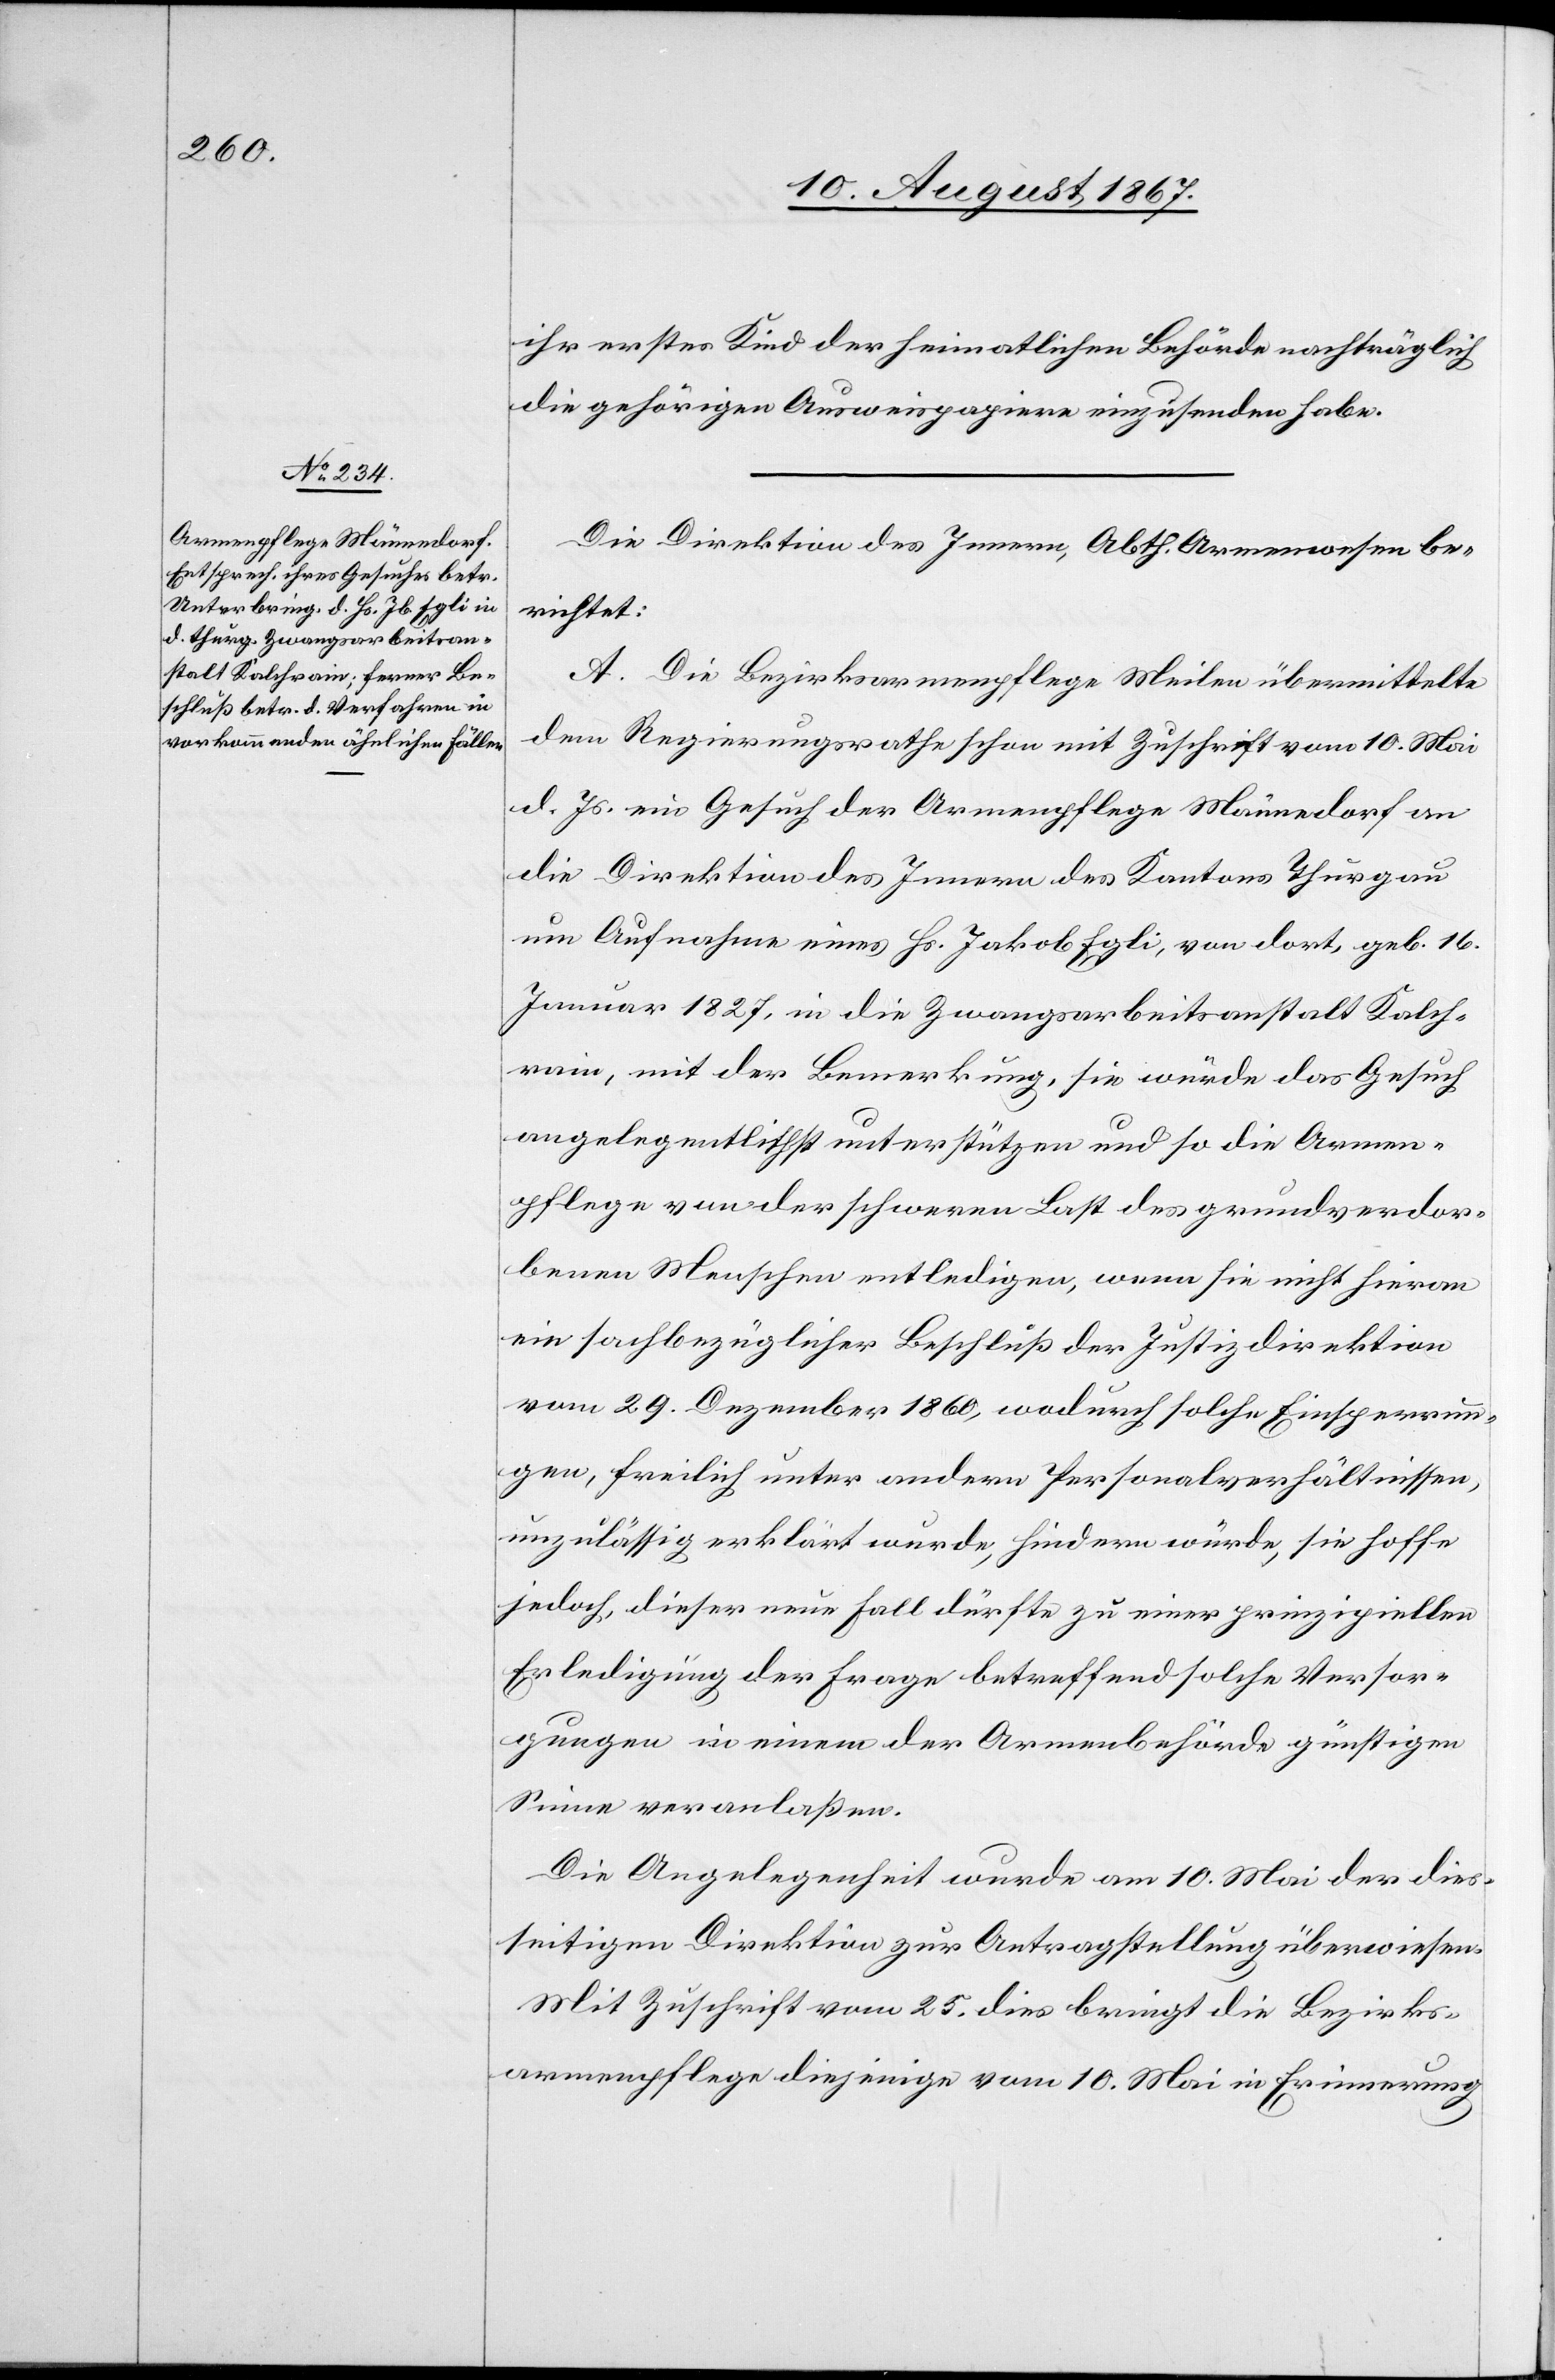
ihr erstes Kind der heimatlichen Behörde nachträglich
die gehörigen Ausweispapiere einzusenden habe.
Die Direktion des Innern, Abth. Armenwesen be¬
richtet:
A. Die Bezirksarmenpflege Meilen übermittelte
dem Regierungsrathe schon mit Zuschrift vom 10. Mai
d. Js. ein Gesuch der Armenpflege Männedorf an
die Direktion des Innern des Kantons Thurgau
um Aufnahme eines Hs. Jakob Egli, von dort, geb. 16.
Januar 1827, in die Zwangsarbeitsanstalt Kalch¬
rain, mit der Bemerkung, sie würde das Gesuch
angelegentlich unterstützen und so die Armen¬
pflege von der schweren Last des grundsverdor¬
benen Menschen entledigen, wenn sie nicht hieran
ein sachbezüglicher Beschluß der Justizdirektion
vom 29. Dezember 1860, wodurch solche Einsperrun¬
gen, freilich unter andern Personalverhältnissen,
unzulässig erklärt wurde[n], hindern würde, sie hoffe
jedoch, dieser neue Fall dürfte zu einer prinzipiellen
Erledigung der Frage betreffend solche Versor¬
gungen in einem der Armenbehörde günstigen
Sinne veranlaßen.
Die Angelegenheit wurde am 10. Mai der dies¬
seitigen Direktion zur Antragstellung überwiesen.
Mit Zuschrift vom 25. dies [sic!] bringt die Bezirks¬
armenpflege diejenige vom 10. Mai in Erinnerung